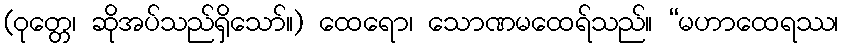
(ဝုတ္တေ၊ ဆိုအပ်သည်ရှိသော်။) ထေရော၊ သောဏမထေရ်သည်။ “မဟာထေရဿ၊